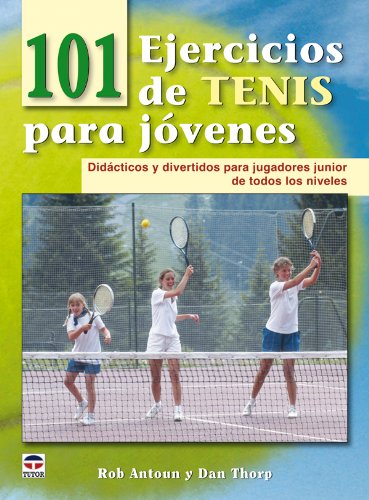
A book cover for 101 ejercicios de tenis para jovenes / 101 Youth Tennis Drills: Didacticos y divertidos para jugadores junior de todos los niveles / Didactic and Fun for Junior Players at All Levels (Spanish Edition); Rob Antoun; Sports & Outdoors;